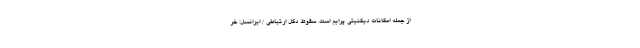
از جمله امکانات دیگنیتی پرایم است. سقوط دکل ارتباطی / ایرانسل: خر